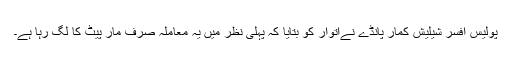
پولیس افسر شیلیش کمار پانڈے نےاتوار کو بتایا کہ پہلی نظر میں یہ معاملہ صرف مار پیٹ کا لگ رہا ہے۔